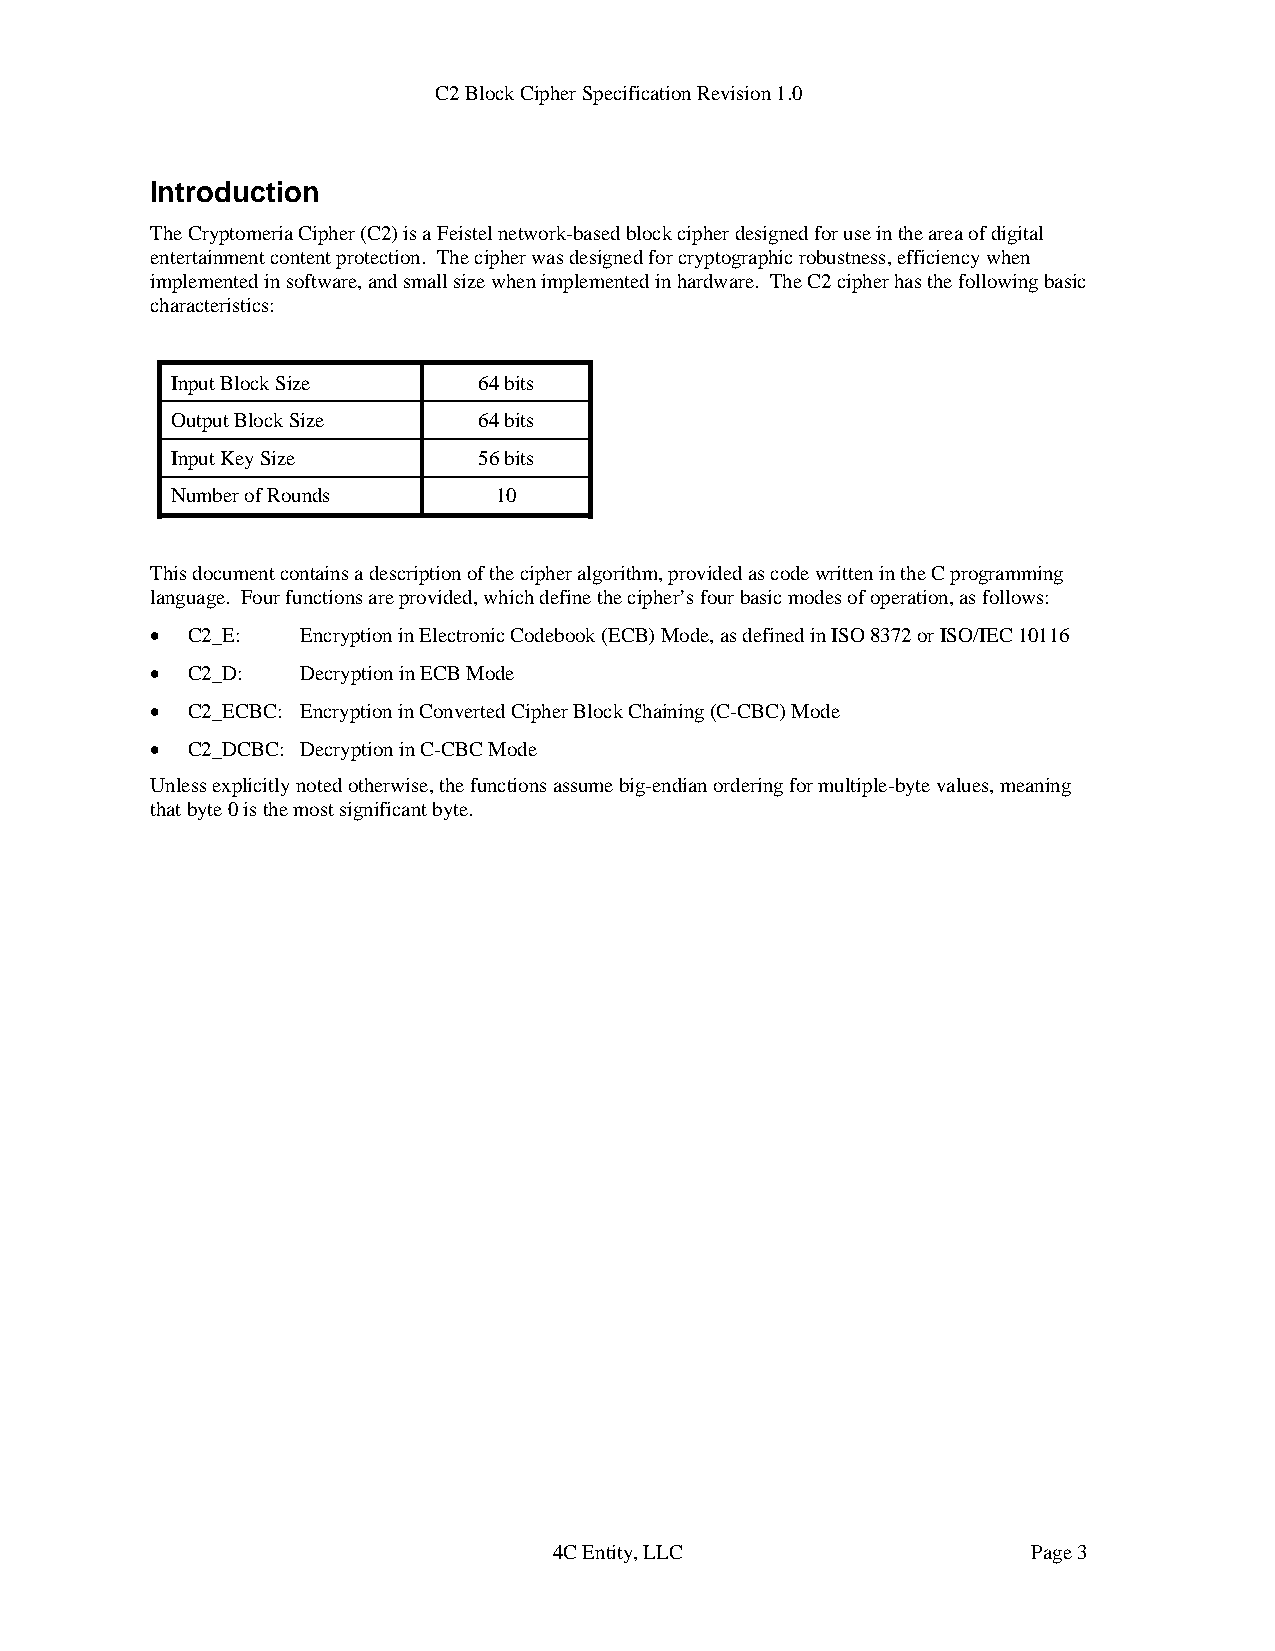
C2 Block Cipher Specification Revision 1.0
 Introduction
 The Cryptomeria Cipher (C2) is a Feistel network-based block cipher designed for use in the area of digital
 entertainment content protection. The cipher was designed for cryptographic robustness, efficiency when
 implemented in software, and small size when implemented in hardware. The C2 cipher has the following basic
 characteristics:
 Input Block Size     64 bits
 Output Block Size    64 bits
 Input Key Size       56 bits
 Number of Rounds      10
 This document contains a description of the cipher algorithm, provided as code written in the C programming
 language. Four functions are provided, which define the cipher’s four basic modes of operation, as follows:
 • C2_E:   Encryption in Electronic Codebook (ECB) Mode, as defined in ISO 8372 or ISO/IEC 10116
 • C2_D:   Decryption in ECB Mode
 • C2_ECBC: Encryption in Converted Cipher Block Chaining (C-CBC) Mode
 • C2_DCBC: Decryption in C-CBC Mode
 Unless explicitly noted otherwise, the functions assume big-endian ordering for multiple-byte values, meaning
 that byte 0 is the most significant byte.
 4C Entity, LLC                 Page 3